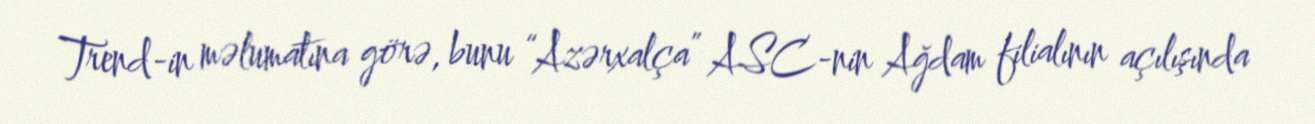
Trend-in məlumatına görə, bunu “Azərxalça” ASC-nin Ağdam filialının açılışında